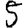
Digit: 5